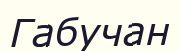
Габучан